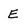
Character: E